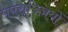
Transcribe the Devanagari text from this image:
पपराज्ज़ियों